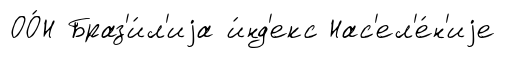
ОО́Н Браз'и́л'иjа и́нд'екс Нас'ел'е́н'иjе